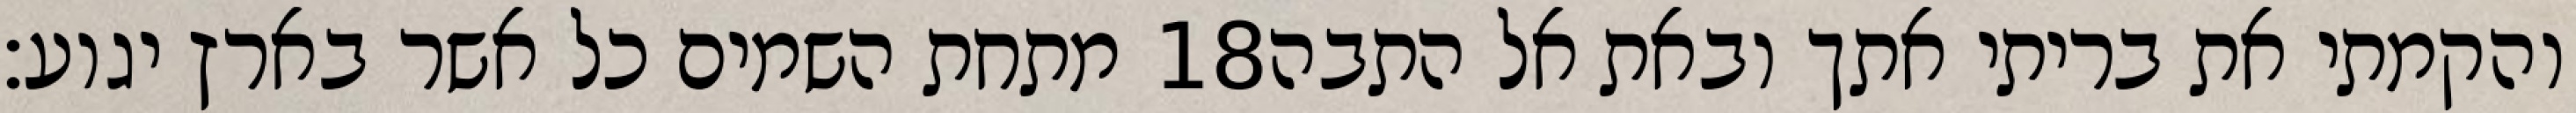
מתחת השמים כל אשר בארץ יגוע׃ ‎18‏ והקמתי את בריתי אתך ובאת אל התבה